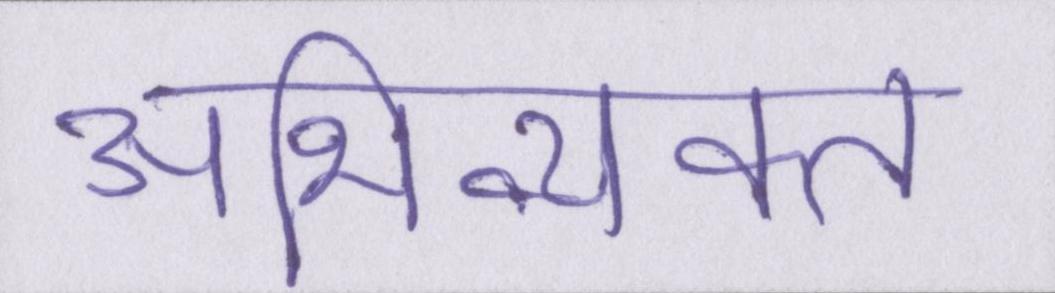
अभिव्यक्त